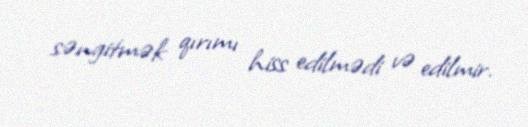
səngitmək qırımı hiss edilmədi və edilmir.